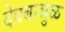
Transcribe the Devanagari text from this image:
देवबाभुळ